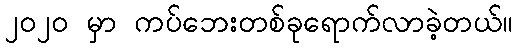
၂၀၂၀ မှာ ကပ်ဘေးတစ်ခုရောက်လာခဲ့တယ်။